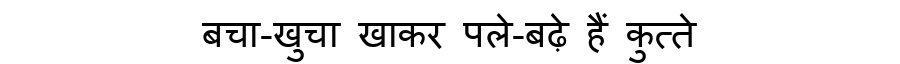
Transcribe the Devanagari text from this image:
बचा-खुचा खाकर पले-बढ़े हैं कुत्ते